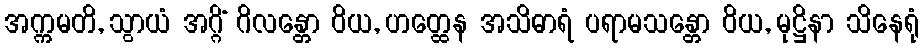
အက္ကမတိ, သွာယံ အဂ္ဂိံ ဂိလန္တော ဝိယ, ဟတ္ထေန အသိဓာရံ ပရာမသန္တော ဝိယ, မုဋ္ဌိနာ သိနေရုံ